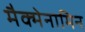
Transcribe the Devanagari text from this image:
मैक्मेनामिन